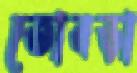
তোবড়া